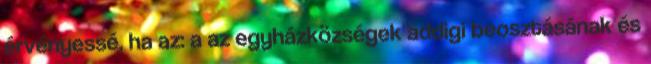
érvényessé, ha az: a az egyházközségek addigi beosztásának és